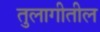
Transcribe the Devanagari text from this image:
तुलागीतील